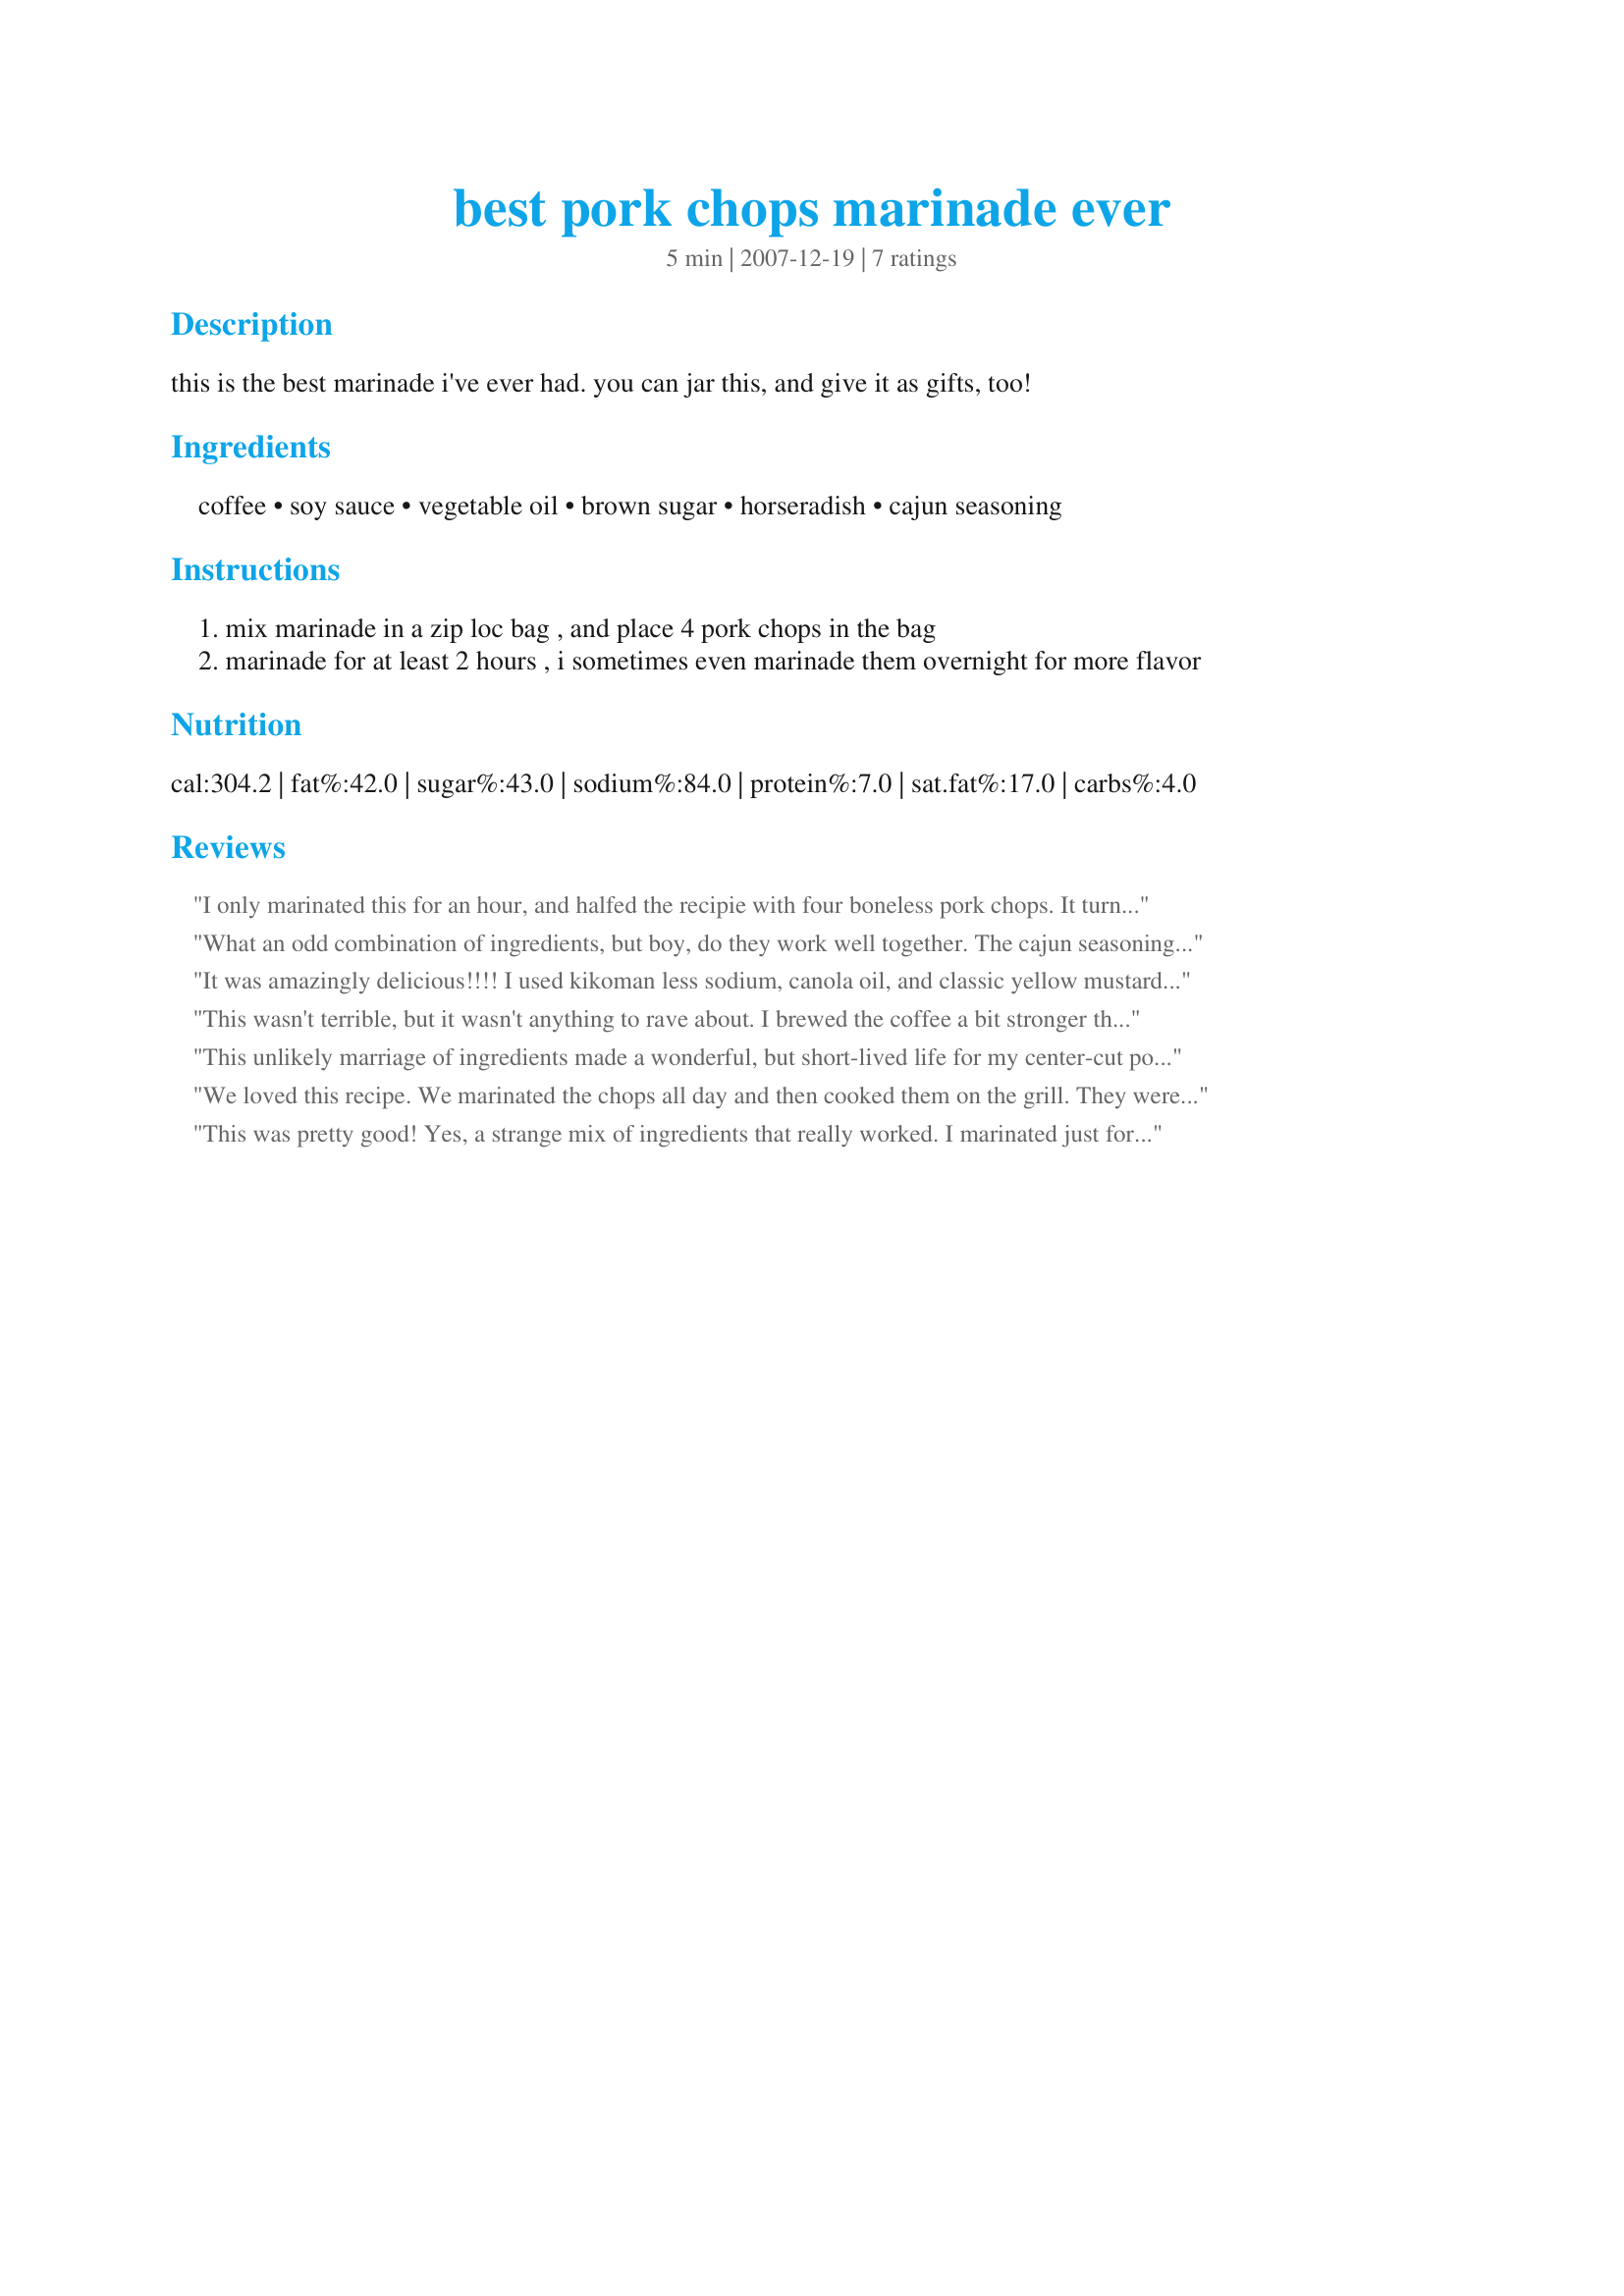
best pork chops marinade ever
Preparation time: 5 minutes

this is the best marinade i've ever had. you can jar this, and give it as gifts, too!

Ingredients:
coffee, soy sauce, vegetable oil, brown sugar, horseradish, cajun seasoning

Steps:
mix marinade in a zip loc bag , and place 4 pork chops in the bag
marinade for at least 2 hours , i sometimes even marinade them overnight for more flavor

Reviews:
I only marinated this for an hour, and halfed the recipie with four boneless pork chops. It turned out really well. I had my fears because I tasted the marinade before adding it to the chops, and it didn't taste like much, just salty oil and soy sauce. But, to my surprise, we all ate it, every last bit of it! The horseradish was very mild, I may add more next time for my portion.
What an odd combination of ingredients, but boy, do they work well together. The cajun seasoning gives off a subtle smoky flavor. And unlike marinades using soy sauce or sweeteners, neither is a predominant taste. Instead, it is more like something you'd imagine from a fine restaurant. We loved this, and you can be sure it will be made again and again. Since I only had three pork chops, I halved the ingredients. That covered them very well. Thanks so much, Holly, for sharing.
It was amazingly delicious!!!! I used kikoman less sodium, canola oil, and classic yellow mustard instead of horseradish! It was a perfect blend of everything, not salty at all!
This wasn't terrible, but it wasn't anything to rave about. I brewed the coffee a bit stronger than usual, used canola oil, La Choy soy sauce, jarred horseradish, "Slap Ya Mama" cajun seasoning (the best), and dark brown sugar (packed). By the way, it makes a LOT of marinade. I put 7 chops in and have enough marinade left over for 7 more. I let the chops sit in the marinade for 3 hours, then broiled them. Not sure why we were unimpressed.
This unlikely marriage of ingredients made a wonderful, but short-lived life for my center-cut pork chops. I was intrigued by the assortment listed, so I had to try it. Plus, I totally trusted ladyfingers opinion! Excellent and will definitely be using this again! Thanks Holly!
We loved this recipe. We marinated the chops all day and then cooked them on the grill. They were very moist and flavorful. No one ingredient stood out, they all worked well together. Even the daughter who doesn't normally eat pork chops thought this was great and asked for the recipe. We'll be using this marinade again soon.
This was pretty good! Yes, a strange mix of ingredients that really worked. I marinated just for the minimum since I was short on time and broiled these babies. Oh how I wish I had an outside grill!
